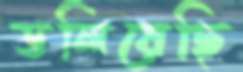
ডলিয়েছি